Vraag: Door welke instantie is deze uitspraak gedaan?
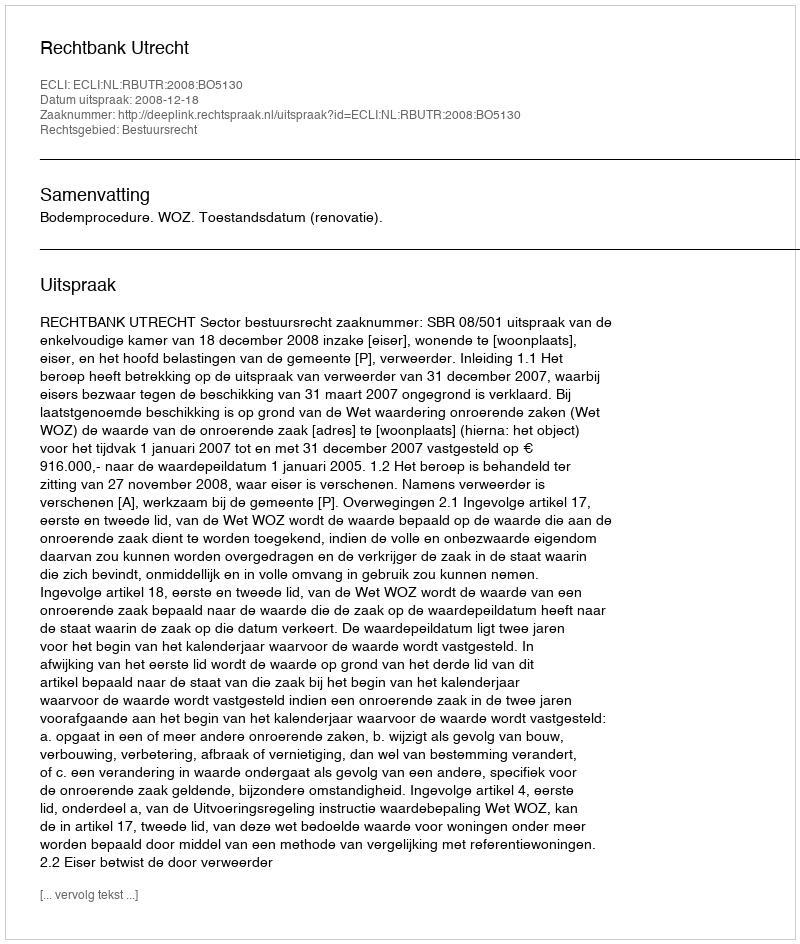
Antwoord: Rechtbank Utrecht